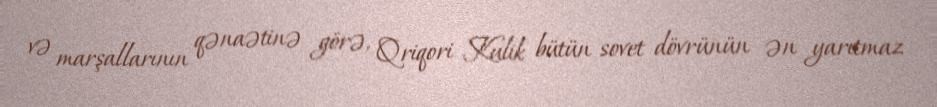
və marşallarının qənaətinə görə, Qriqori Kulik bütün sovet dövrünün ən yarıtmaz